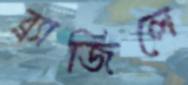
ব্র্যাজিলে